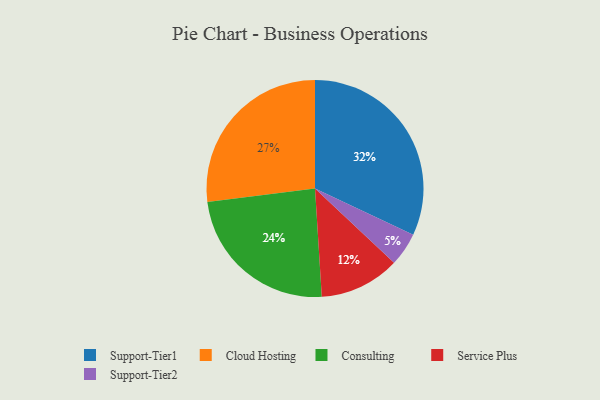
{"axis": {"x": "Category", "y": "Percentage"}, "legend": ["Cloud Hosting", "Consulting", "Service Plus", "Support-Tier1", "Support-Tier2"], "data": [{"x": "Consulting", "y": 24, "type": "Consulting"}, {"x": "Support-Tier2", "y": 5, "type": "Support-Tier2"}, {"x": "Service Plus", "y": 12, "type": "Service Plus"}, {"x": "Cloud Hosting", "y": 27, "type": "Cloud Hosting"}, {"x": "Support-Tier1", "y": 32, "type": "Support-Tier1"}]}